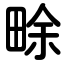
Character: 畭